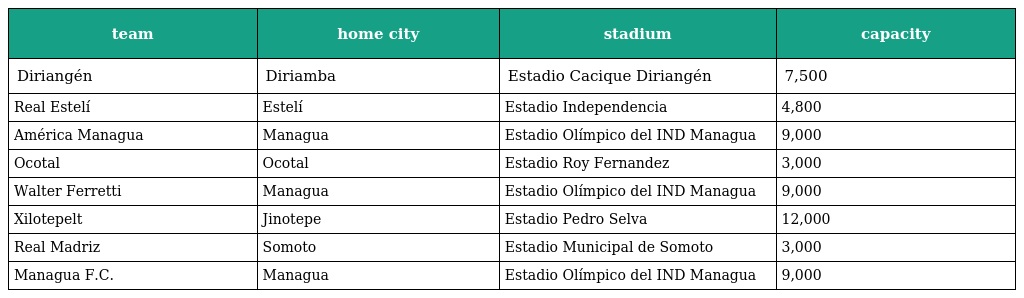
| team | home city | stadium | capacity |
 | --- | --- | --- | --- |
 | Diriangén | Diriamba | Estadio Cacique Diriangén | 7,500 |
 | Real Estelí | Estelí | Estadio Independencia | 4,800 |
 | América Managua | Managua | Estadio Olímpico del IND Managua | 9,000 |
 | Ocotal | Ocotal | Estadio Roy Fernandez | 3,000 |
 | Walter Ferretti | Managua | Estadio Olímpico del IND Managua | 9,000 |
 | Xilotepelt | Jinotepe | Estadio Pedro Selva | 12,000 |
 | Real Madriz | Somoto | Estadio Municipal de Somoto | 3,000 |
 | Managua F.C. | Managua | Estadio Olímpico del IND Managua | 9,000 |